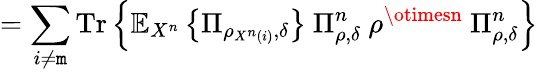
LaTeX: =\sum_{i\neq\mathtt{m}}{\mathrm{{Tr}}}\left\{ \mathbb{{E}}_{X^{n}}\left\{ \Pi_{\rho_{X^{n}\left(i\right)},\delta}\right\} \ \Pi_{\rho,\delta}^{n}\ \rho^{\otimesn}\ \Pi_{\rho,\delta}^{n}\right\}